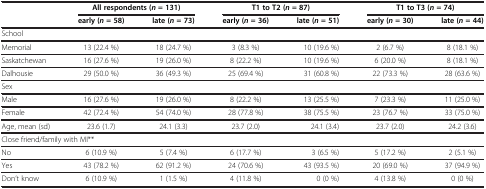
<table><thead><tr><td><b> </b></td><td colspan="2"><b>All respondents (<i>n </i>= 131)</b></td><td colspan="2"><b>T1 to T2 (<i>n </i>= 87)</b></td><td colspan="2"><b>T1 to T3 (<i>n </i>= 74)</b></td></tr><tr><td><b> </b></td><td><b>early (<i>n </i>= 58)</b></td><td><b>late (<i>n </i>= 73)</b></td><td><b>early (<i>n </i>= 36)</b></td><td><b>late (<i>n </i>= 51)</b></td><td><b>early (<i>n </i>= 30)</b></td><td><b>late (<i>n </i>= 44)</b></td></tr></thead><tbody><tr><td colspan="7">School</td></tr><tr><td>Memorial</td><td>13 (22.4 %)</td><td>18 (24.7 %)</td><td>3 (8.3 %)</td><td>10 (19.6 %)</td><td>2 (6.7 %)</td><td>8 (18.1 %)</td></tr><tr><td>Saskatchewan</td><td>16 (27.6 %)</td><td>19 (26.0 %)</td><td>8 (22.2 %)</td><td>10 (19.6 %)</td><td>6 (20.0 %)</td><td>8 (18.1 %)</td></tr><tr><td>Dalhousie</td><td>29 (50.0 %)</td><td>36 (49.3 %)</td><td>25 (69.4 %)</td><td>31 (60.8 %)</td><td>22 (73.3 %)</td><td>28 (63.6 %)</td></tr><tr><td colspan="7">Sex</td></tr><tr><td>Male</td><td>16 (27.6 %)</td><td>19 (26.0 %)</td><td>8 (22.2 %)</td><td>13 (25.5 %)</td><td>7 (23.3 %)</td><td>11 (25.0 %)</td></tr><tr><td>Female</td><td>42 (72.4 %)</td><td>54 (74.0 %)</td><td>28 (77.8 %)</td><td>38 (75.5 %)</td><td>23 (76.7 %)</td><td>33 (75.0 %)</td></tr><tr><td>Age, mean (sd)</td><td>23.6 (1.7)</td><td>24.1 (3.3)</td><td>23.7 (2.0)</td><td>24.1 (3.4)</td><td>23.7 (2.0)</td><td>24.2 (3.6)</td></tr><tr><td colspan="7">Close friend/family with MI**</td></tr><tr><td>No</td><td>6 (10.9 %)</td><td>5 (7.4 %)</td><td>6 (17.7 %)</td><td>3 (6.5 %)</td><td>5 (17.2 %)</td><td>2 (5.1 %)</td></tr><tr><td>Yes</td><td>43 (78.2 %)</td><td>62 (91.2 %)</td><td>24 (70.6 %)</td><td>43 (93.5 %)</td><td>20 (69.0 %)</td><td>37 (94.9 %)</td></tr><tr><td>Don’t know</td><td>6 (10.9 %)</td><td>1 (1.5 %)</td><td>4 (11.8 %)</td><td>0 (0 %)</td><td>4 (13.8 %)</td><td>0 (0 %)</td></tr></tbody></table>